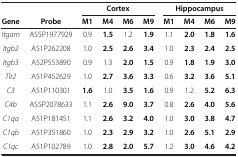
<table><thead><tr><td><b> </b></td><td><b> </b></td><td colspan="4"><b>Cortex</b></td><td colspan="4"><b>Hippocampus</b></td></tr><tr><td><b>Gene</b></td><td><b>Probe</b></td><td><b>M1</b></td><td><b>M4</b></td><td><b>M6</b></td><td><b>M9</b></td><td><b>M1</b></td><td><b>M4</b></td><td><b>M6</b></td><td><b>M9</b></td></tr></thead><tbody><tr><td><i>Itgam</i></td><td>A55P1977929</td><td>0.9</td><td><b>1.5</b></td><td>1.2</td><td><b>1.9</b></td><td>1.1</td><td><b>2.0</b></td><td><b>1.8</b></td><td><b>1.6</b></td></tr><tr><td><i>Itgb2</i></td><td>A51P262208</td><td>1.0</td><td><b>2.5</b></td><td><b>2.6</b></td><td><b>3.4</b></td><td>1.0</td><td><b>2.3</b></td><td><b>2.4</b></td><td><b>2.5</b></td></tr><tr><td><i>Itgb3</i></td><td>A52P553890</td><td>0.9</td><td>1.3</td><td><b>2.0</b></td><td><b>1.5</b></td><td>0.9</td><td><b>1.8</b></td><td><b>1.9</b></td><td><b>3.0</b></td></tr><tr><td><i>Tlr2</i></td><td>A51P452629</td><td>1.0</td><td><b>2.7</b></td><td><b>3.6</b></td><td><b>3.3</b></td><td>0.6</td><td><b>3.2</b></td><td><b>3.6</b></td><td><b>5.1</b></td></tr><tr><td><i>C3</i></td><td>A51P110301</td><td><b>1.6</b></td><td>1.0</td><td><b>3.5</b></td><td><b>1.6</b></td><td>0.9</td><td>1.2</td><td><b>5.2</b></td><td><b>6.3</b></td></tr><tr><td><i>C4b</i></td><td>A55P2078633</td><td>1.1</td><td><b>2.6</b></td><td><b>9.0</b></td><td><b>3.7</b></td><td>0.8</td><td><b>2.6</b></td><td><b>4.0</b></td><td><b>5.6</b></td></tr><tr><td><i>C1qa</i></td><td>A51P181451</td><td>1.1</td><td><b>2.6</b></td><td><b>3.2</b></td><td><b>4.0</b></td><td>1.0</td><td><b>3.0</b></td><td><b>3.8</b></td><td><b>4.7</b></td></tr><tr><td><i>C1qb</i></td><td>A51P351860</td><td>1.0</td><td><b>2.3</b></td><td><b>2.9</b></td><td><b>3.2</b></td><td>1.0</td><td><b>2.6</b></td><td><b>5.1</b></td><td><b>2.9</b></td></tr><tr><td><i>C1qc</i></td><td>A51P102789</td><td>1.0</td><td><b>2.8</b></td><td><b>2.0</b></td><td><b>5.7</b></td><td>1.2</td><td><b>3.0</b></td><td><b>4.6</b></td><td><b>4.2</b></td></tr></tbody></table>